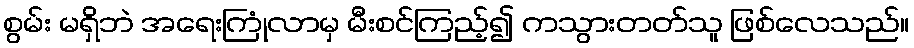
စွမ်း မရှိဘဲ အရေးကြုံလာမှ မီးစင်ကြည့်၍ ကသွားတတ်သူ ဖြစ်လေသည်။